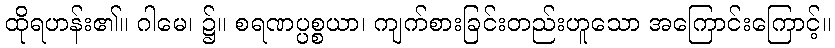
ထိုရဟန်း၏။ ဂါမေ၊ ၌။ စရဏပ္ပစ္စယာ၊ ကျက်စားခြင်းတည်းဟူသော အကြောင်းကြောင့်။